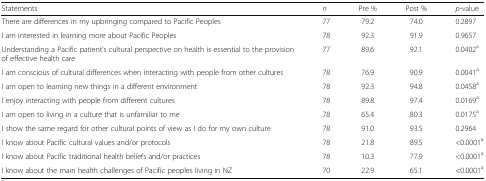
<table><thead><tr><td><b>Statements</b></td><td><b><i>n</i></b></td><td><b>Pre %</b></td><td><b>Post %</b></td><td><b><i>p</i>-value</b></td></tr></thead><tbody><tr><td>There are differences in my upbringing compared to Pacific Peoples</td><td>77</td><td>79.2</td><td>74.0</td><td>0.2897</td></tr><tr><td>I am interested in learning more about Pacific Peoples</td><td>78</td><td>92.3</td><td>91.9</td><td>0.9657</td></tr><tr><td>Understanding a Pacific patient’s cultural perspective on health is essential to the provision of effective health care</td><td>77</td><td>89.6</td><td>92.1</td><td>0.0402<sup>a</sup></td></tr><tr><td>I am conscious of cultural differences when interacting with people from other cultures</td><td>78</td><td>76.9</td><td>90.9</td><td>0.0041<sup>a</sup></td></tr><tr><td>I am open to learning new things in a different environment</td><td>78</td><td>92.3</td><td>94.8</td><td>0.0458<sup>a</sup></td></tr><tr><td>I enjoy interacting with people from different cultures</td><td>78</td><td>89.8</td><td>97.4</td><td>0.0169<sup>a</sup></td></tr><tr><td>I am open to living in a culture that is unfamiliar to me</td><td>78</td><td>65.4</td><td>80.3</td><td>0.0175<sup>a</sup></td></tr><tr><td>I show the same regard for other cultural points of view as I do for my own culture</td><td>78</td><td>91.0</td><td>93.5</td><td>0.2964</td></tr><tr><td>I know about Pacific cultural values and/or protocols</td><td>78</td><td>21.8</td><td>89.5</td><td>&lt;0.0001<sup>a</sup></td></tr><tr><td>I know about Pacific traditional health beliefs and/or practices</td><td>78</td><td>10.3</td><td>77.9</td><td>&lt;0.0001<sup>a</sup></td></tr><tr><td>I know about the main health challenges of Pacific peoples living in NZ</td><td>70</td><td>22.9</td><td>65.1</td><td>&lt;0.0001<sup>a</sup></td></tr></tbody></table>